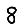
Digit: 8